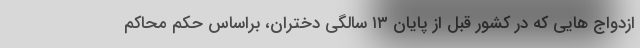
ازدواج هایی که در کشور قبل از پایان ۱۳ سالگی دختران، براساس حکم محاکم